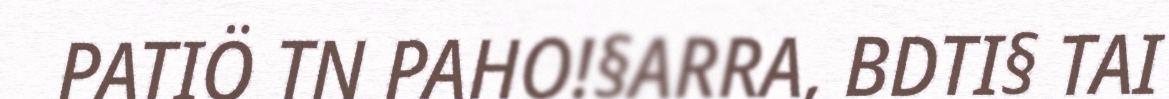
PATIÖ TN PAHO!§ARRA, BDTI§ TAI